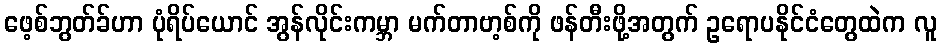
ဖေ့စ်ဘွတ်ခ်ဟာ ပုံရိပ်ယောင် အွန်လိုင်းကမ္ဘာ မက်တာဗာ့စ်ကို ဖန်တီးဖို့အတွက် ဥရောပနိုင်ငံတွေထဲက လူ